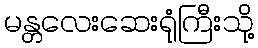
မန္တလေးဆေးရုံကြီးသို့